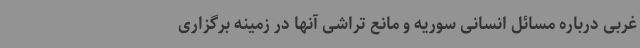
غربی درباره مسائل انسانی سوریه و مانع تراشی آنها در زمینه برگزاری